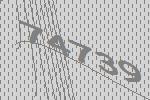
74739